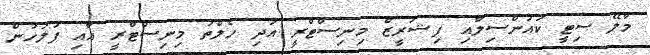
މާލޭ ސިޓީ ކައުންސިލާއި ފިޝަރީޒް މިނިސްޓްރީ އަދި ހެލްތު މިނިސްޓްރީ އާއި ފުލުހުން